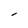
Character: l